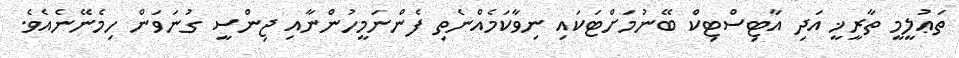
ތަޢުލީމީ ތާރީޚީ އަދި އާޓިސްޓިކް ބޭނުމަށްޓަކައި ނިވާކަމެއްނެތި ފެންނަމީހުންނާއި ޖިންސީ ގުނަވަން ހިމެނޭނެއެވެ.